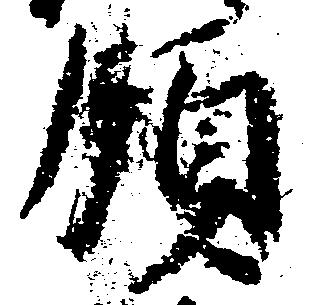
領